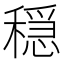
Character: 穏